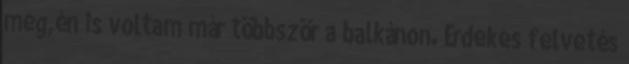
meg,én is voltam már többször a balkánon. Érdekes felvetés